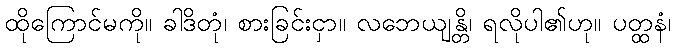
ထိုကြောင်မကို။ ခါဒိတုံ၊ စားခြင်းငှာ။ လဘေယျန္တိ၊ ရလိုပါ၏ဟု။ ပတ္ထနံ၊